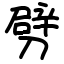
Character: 劈